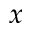
x